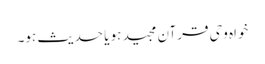
خواہ وحی قرآن مجید ہو یا حدیث ہو۔